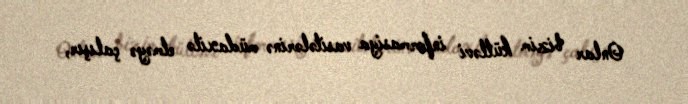
Onlar bizim kütləvi informasiya vasitələrinə müdaxilə etməyə çalışır,